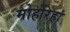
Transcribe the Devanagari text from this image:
मोहरिहां